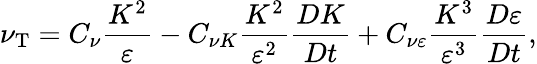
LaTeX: \nu_{\textrm{T}}=C_{\nu}\frac{K^{2}}{\varepsilon}-C_{\nu K}\frac{K^{2}}{\varepsilon^{2}}\frac{DK}{Dt}+C_{\nu\varepsilon}\frac{K^{3}}{\varepsilon^{3}}\frac{D\varepsilon}{Dt},